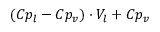
( C p _ { l } - C p _ { v } ) \cdot V _ { l } + C p _ { v }